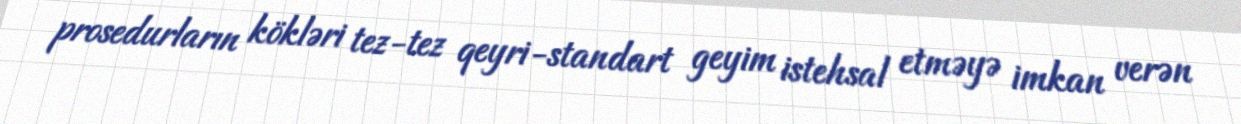
prosedurların kökləri tez-tez qeyri-standart geyim istehsal etməyə imkan verən